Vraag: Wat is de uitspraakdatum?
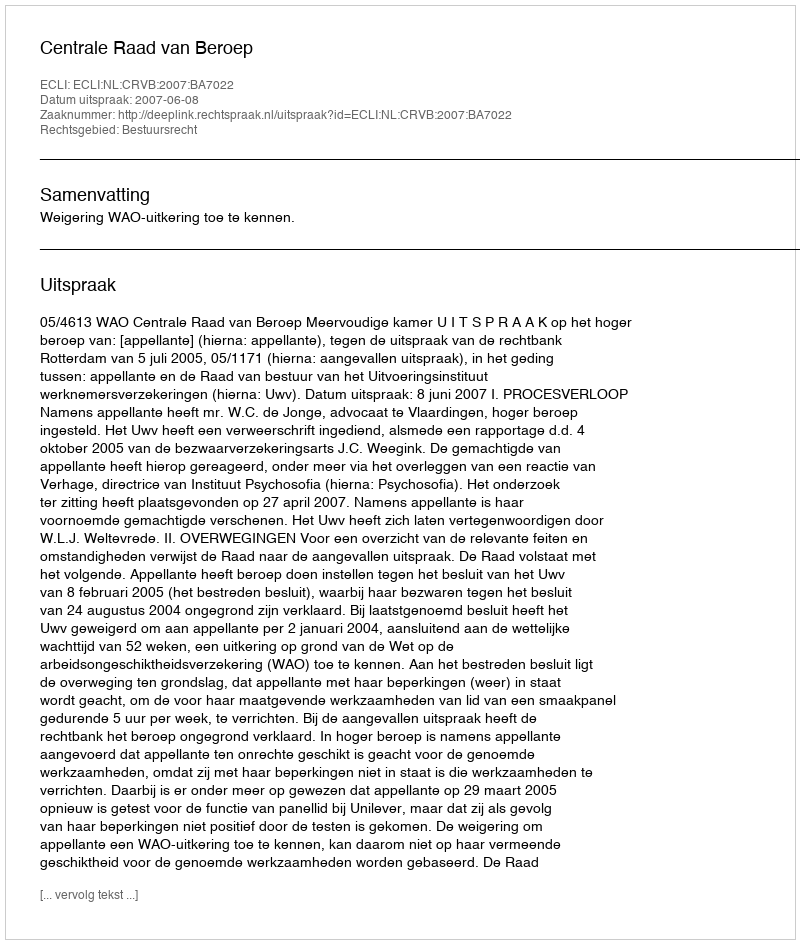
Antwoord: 2007-06-08